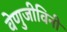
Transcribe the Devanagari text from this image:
वेणुजीविनी